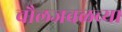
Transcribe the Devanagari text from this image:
चौलजवळच्या